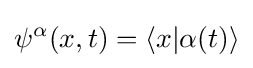
\psi ^{\alpha }(x,t)=\langle x|\alpha (t)\rangle